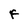
Character: F